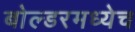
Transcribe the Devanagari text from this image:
बोल्डरमध्येच